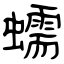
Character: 蠕